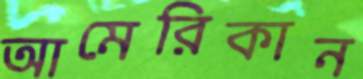
আমেরিকান